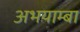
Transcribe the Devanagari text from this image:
अभयाम्बा